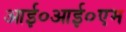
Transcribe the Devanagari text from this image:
आई०आई०एम